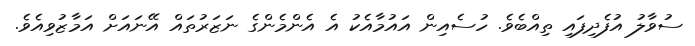
ސުވާލު އުފެދިފައި ތިއްބެވެ. ހުސެއިން އައުމާއެކު އެ އެންމެންގެ ނަޒަރުތައް އޭނައަށް އަމާޒުވިއެވެ.